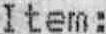
ITEM :